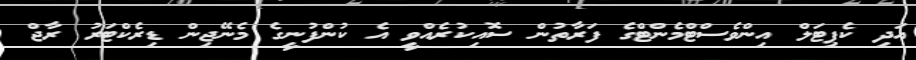
އަދި ކެޕިޓަލް އިންވެސްޓްމެންޓްގެ ފަރާތުން ސޮއިކުރެއްވީ އެ ކުންފުނީގެ މެނޭޖިން ޑިރެކްޓަރު ރާޖް